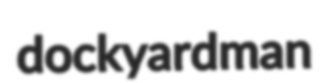
dockyardman